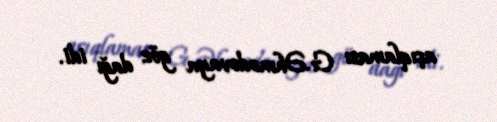
açıqlaması G.Əhmədovaya göz dağı idi.